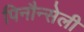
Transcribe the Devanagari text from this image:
पिनौन्सेली